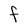
Character: F